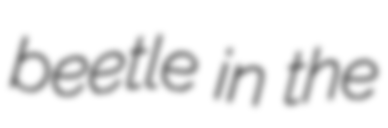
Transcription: beetle in the